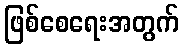
ဖြစ်စေရေးအတွက်